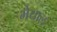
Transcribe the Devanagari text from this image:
मेयाल